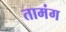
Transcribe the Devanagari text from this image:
तामंग